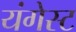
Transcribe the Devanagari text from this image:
यंगेस्ट